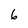
Character: 6